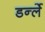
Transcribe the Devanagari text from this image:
डर्न्ले